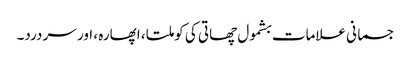
جسمانی علامات بشمول چھاتی کی کوملتا ، اپھارہ ، اور سر درد۔